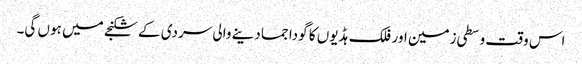
اس وقت وسطی زمین اور فلک ہڈیوں کا گودا جما دینے والی سردی کے شکنجے میں ہوں گی۔